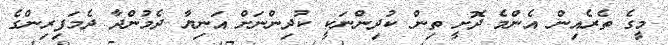
މީގެ ތެރެއިން އެންމެ ދޮށީ ތިން ކުދިންނަކީ ކުދިންނަށް އަނިޔާ ދެމުންދާ ދެމަފިރިންގެ